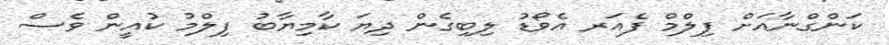
ކަންގްނާއަށް ފިލްމް ފެއަރ އެވޯޑު ލިބިގެން ދިޔަ ކާމިޔާބު ފިލްމު ކުއީން ވެސް